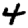
Digit: 4